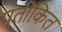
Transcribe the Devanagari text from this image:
प्रतीकित